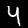
Digit: 4